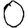
Digit: 0